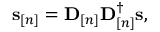
\begin{array} { r } { { \mathbf s } _ { [ n ] } = { \mathbf D } _ { [ n ] } { \mathbf D } _ { [ n ] } ^ { \dag } { \mathbf s } , } \end{array}